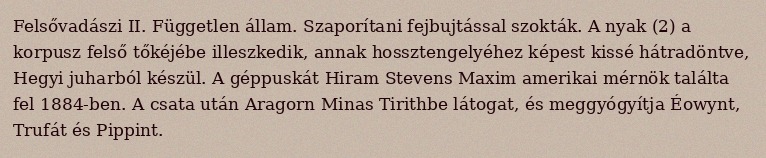
Felsővadászi II. Független állam. Szaporítani fejbujtással szokták. A nyak (2) a korpusz felső tőkéjébe illeszkedik, annak hossztengelyéhez képest kissé hátradöntve, Hegyi juharból készül. A géppuskát Hiram Stevens Maxim amerikai mérnök találta fel 1884-ben. A csata után Aragorn Minas Tirithbe látogat, és meggyógyítja Éowynt, Trufát és Pippint.